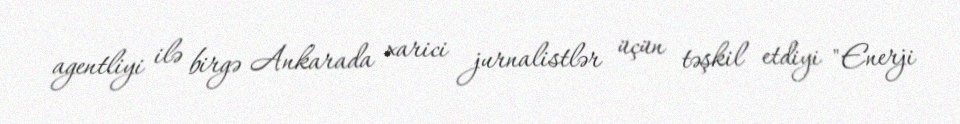
agentliyi ilə birgə Ankarada xarici jurnalistlər üçün təşkil etdiyi "Enerji